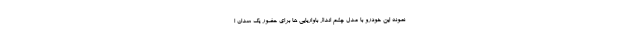
نمونه این خودرو با مدل چشم انداز باواریایی ها برای حضور یک سدان ا